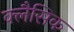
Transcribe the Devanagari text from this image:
क्लैसिक